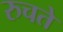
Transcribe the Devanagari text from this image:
रुचते